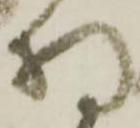
持